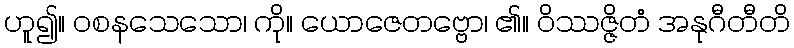
ဟူ၍။ ဝစနသေသော၊ ကို။ ယောဇေတဗ္ဗော၊ ၏။ ဝိဿဇ္ဇိတံ အနုဂီတီတိ